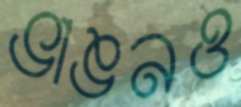
ভাঙনও